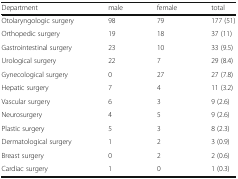
<table><thead><tr><td><b>Department</b></td><td><b>male</b></td><td><b>female</b></td><td><b>total</b></td></tr></thead><tbody><tr><td>Otolaryngologic surgery</td><td>98</td><td>79</td><td>177 (51)</td></tr><tr><td>Orthopedic surgery</td><td>19</td><td>18</td><td>37 (11)</td></tr><tr><td>Gastrointestinal surgery</td><td>23</td><td>10</td><td>33 (9.5)</td></tr><tr><td>Urological surgery</td><td>22</td><td>7</td><td>29 (8.4)</td></tr><tr><td>Gynecological surgery</td><td>0</td><td>27</td><td>27 (7.8)</td></tr><tr><td>Hepatic surgery</td><td>7</td><td>4</td><td>11 (3.2)</td></tr><tr><td>Vascular surgery</td><td>6</td><td>3</td><td>9 (2.6)</td></tr><tr><td>Neurosurgery</td><td>4</td><td>5</td><td>9 (2.6)</td></tr><tr><td>Plastic surgery</td><td>5</td><td>3</td><td>8 (2.3)</td></tr><tr><td>Dermatological surgery</td><td>1</td><td>2</td><td>3 (0.9)</td></tr><tr><td>Breast surgery</td><td>0</td><td>2</td><td>2 (0.6)</td></tr><tr><td>Cardiac surgery</td><td>1</td><td>0</td><td>1 (0.3)</td></tr></tbody></table>